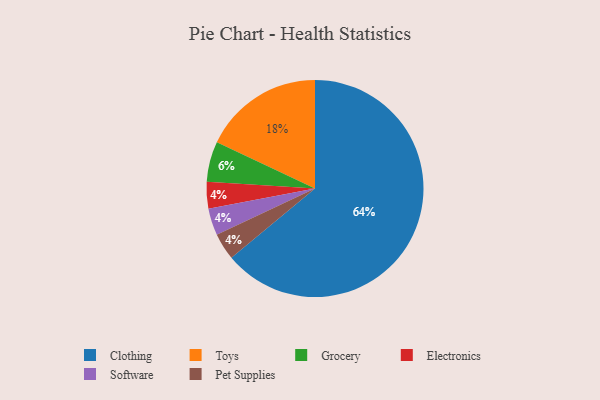
{"axis": {"x": "Category", "y": "Percentage"}, "legend": ["Clothing", "Electronics", "Grocery", "Pet Supplies", "Software", "Toys"], "data": [{"x": "Electronics", "y": 4, "type": "Electronics"}, {"x": "Clothing", "y": 64, "type": "Clothing"}, {"x": "Grocery", "y": 6, "type": "Grocery"}, {"x": "Toys", "y": 18, "type": "Toys"}, {"x": "Software", "y": 4, "type": "Software"}, {"x": "Pet Supplies", "y": 4, "type": "Pet Supplies"}]}